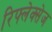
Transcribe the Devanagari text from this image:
रिफ्लेक्सेज